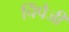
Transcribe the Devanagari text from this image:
चिंपैजी